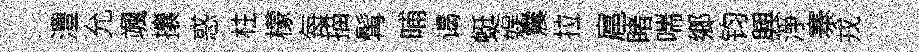
澧允颯攘惑柱檬每描髯晡谒蜓娱震拉扈睹喘鄉钧興淨寨戎